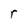
Character: r